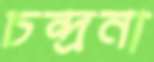
চন্দ্রনা